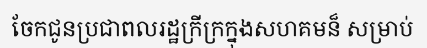
ចែកជូនប្រជាពលរដ្ឋក្រីក្រក្នុងសហគមន៏ សម្រាប់